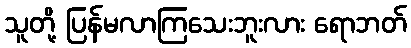
သူတို့ ပြန်မလာကြသေးဘူးလား ရောဘတ်